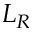
L _ { R }